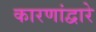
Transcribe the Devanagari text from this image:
कारणांद्वारे